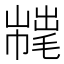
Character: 𢅇